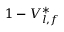
1 - V _ { l , f } ^ { * }